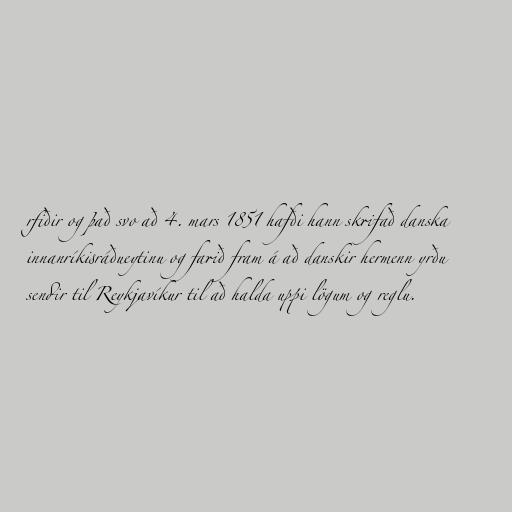
rfiðir og það svo að 4. mars 1851 hafði hann skrifað danska
innanríkisráðueytinu og farið fram á að danskir hermenn yrðu
sendir til Reykjavíkur til að halda uppi lögum og reglu.